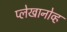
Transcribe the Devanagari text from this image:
प्लेखानोव्ह